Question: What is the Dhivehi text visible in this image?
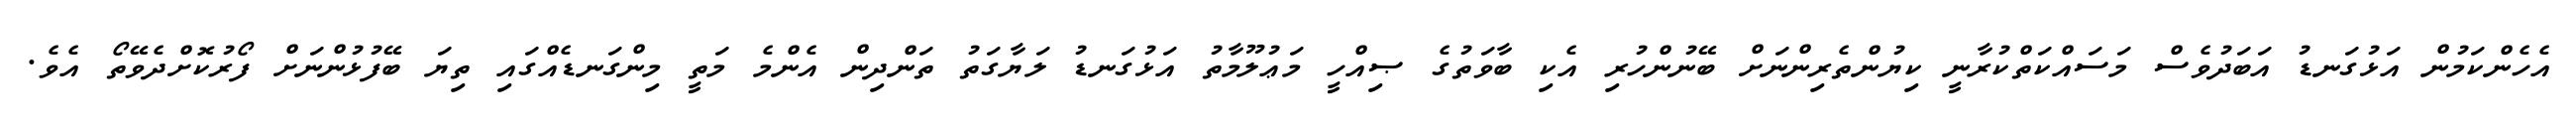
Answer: އެހެންކަމުން އަޅުގަނޑު އަބަދުވެސް މަސައްކަތްކުރާނީ ކިޔުންތެރިންނަށް ބޭނުންހުރި އެކި ބާވަތުގެ ޞިއްހީ މަޢުލޫމާތު އަޅުގަނޑު ލަޔާގަތު ތަންދިން އެންމެ މަތީ މިންގަނޑެއްގައި ތިޔަ ބޭފުޅުންނަށް ފޯރުކޮށްދެވޭތޯ އެވެ.